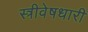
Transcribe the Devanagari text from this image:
स्त्रीवेषधारी